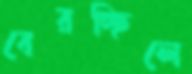
বেরচ্ছিলে